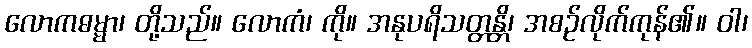
လောကဓမ္မာ၊ တို့သည်။ လောကံ၊ ကို။ အနုပရိသတ္တန္တိ၊ အစဉ်လိုက်ကုန်၏။ ဝါ၊